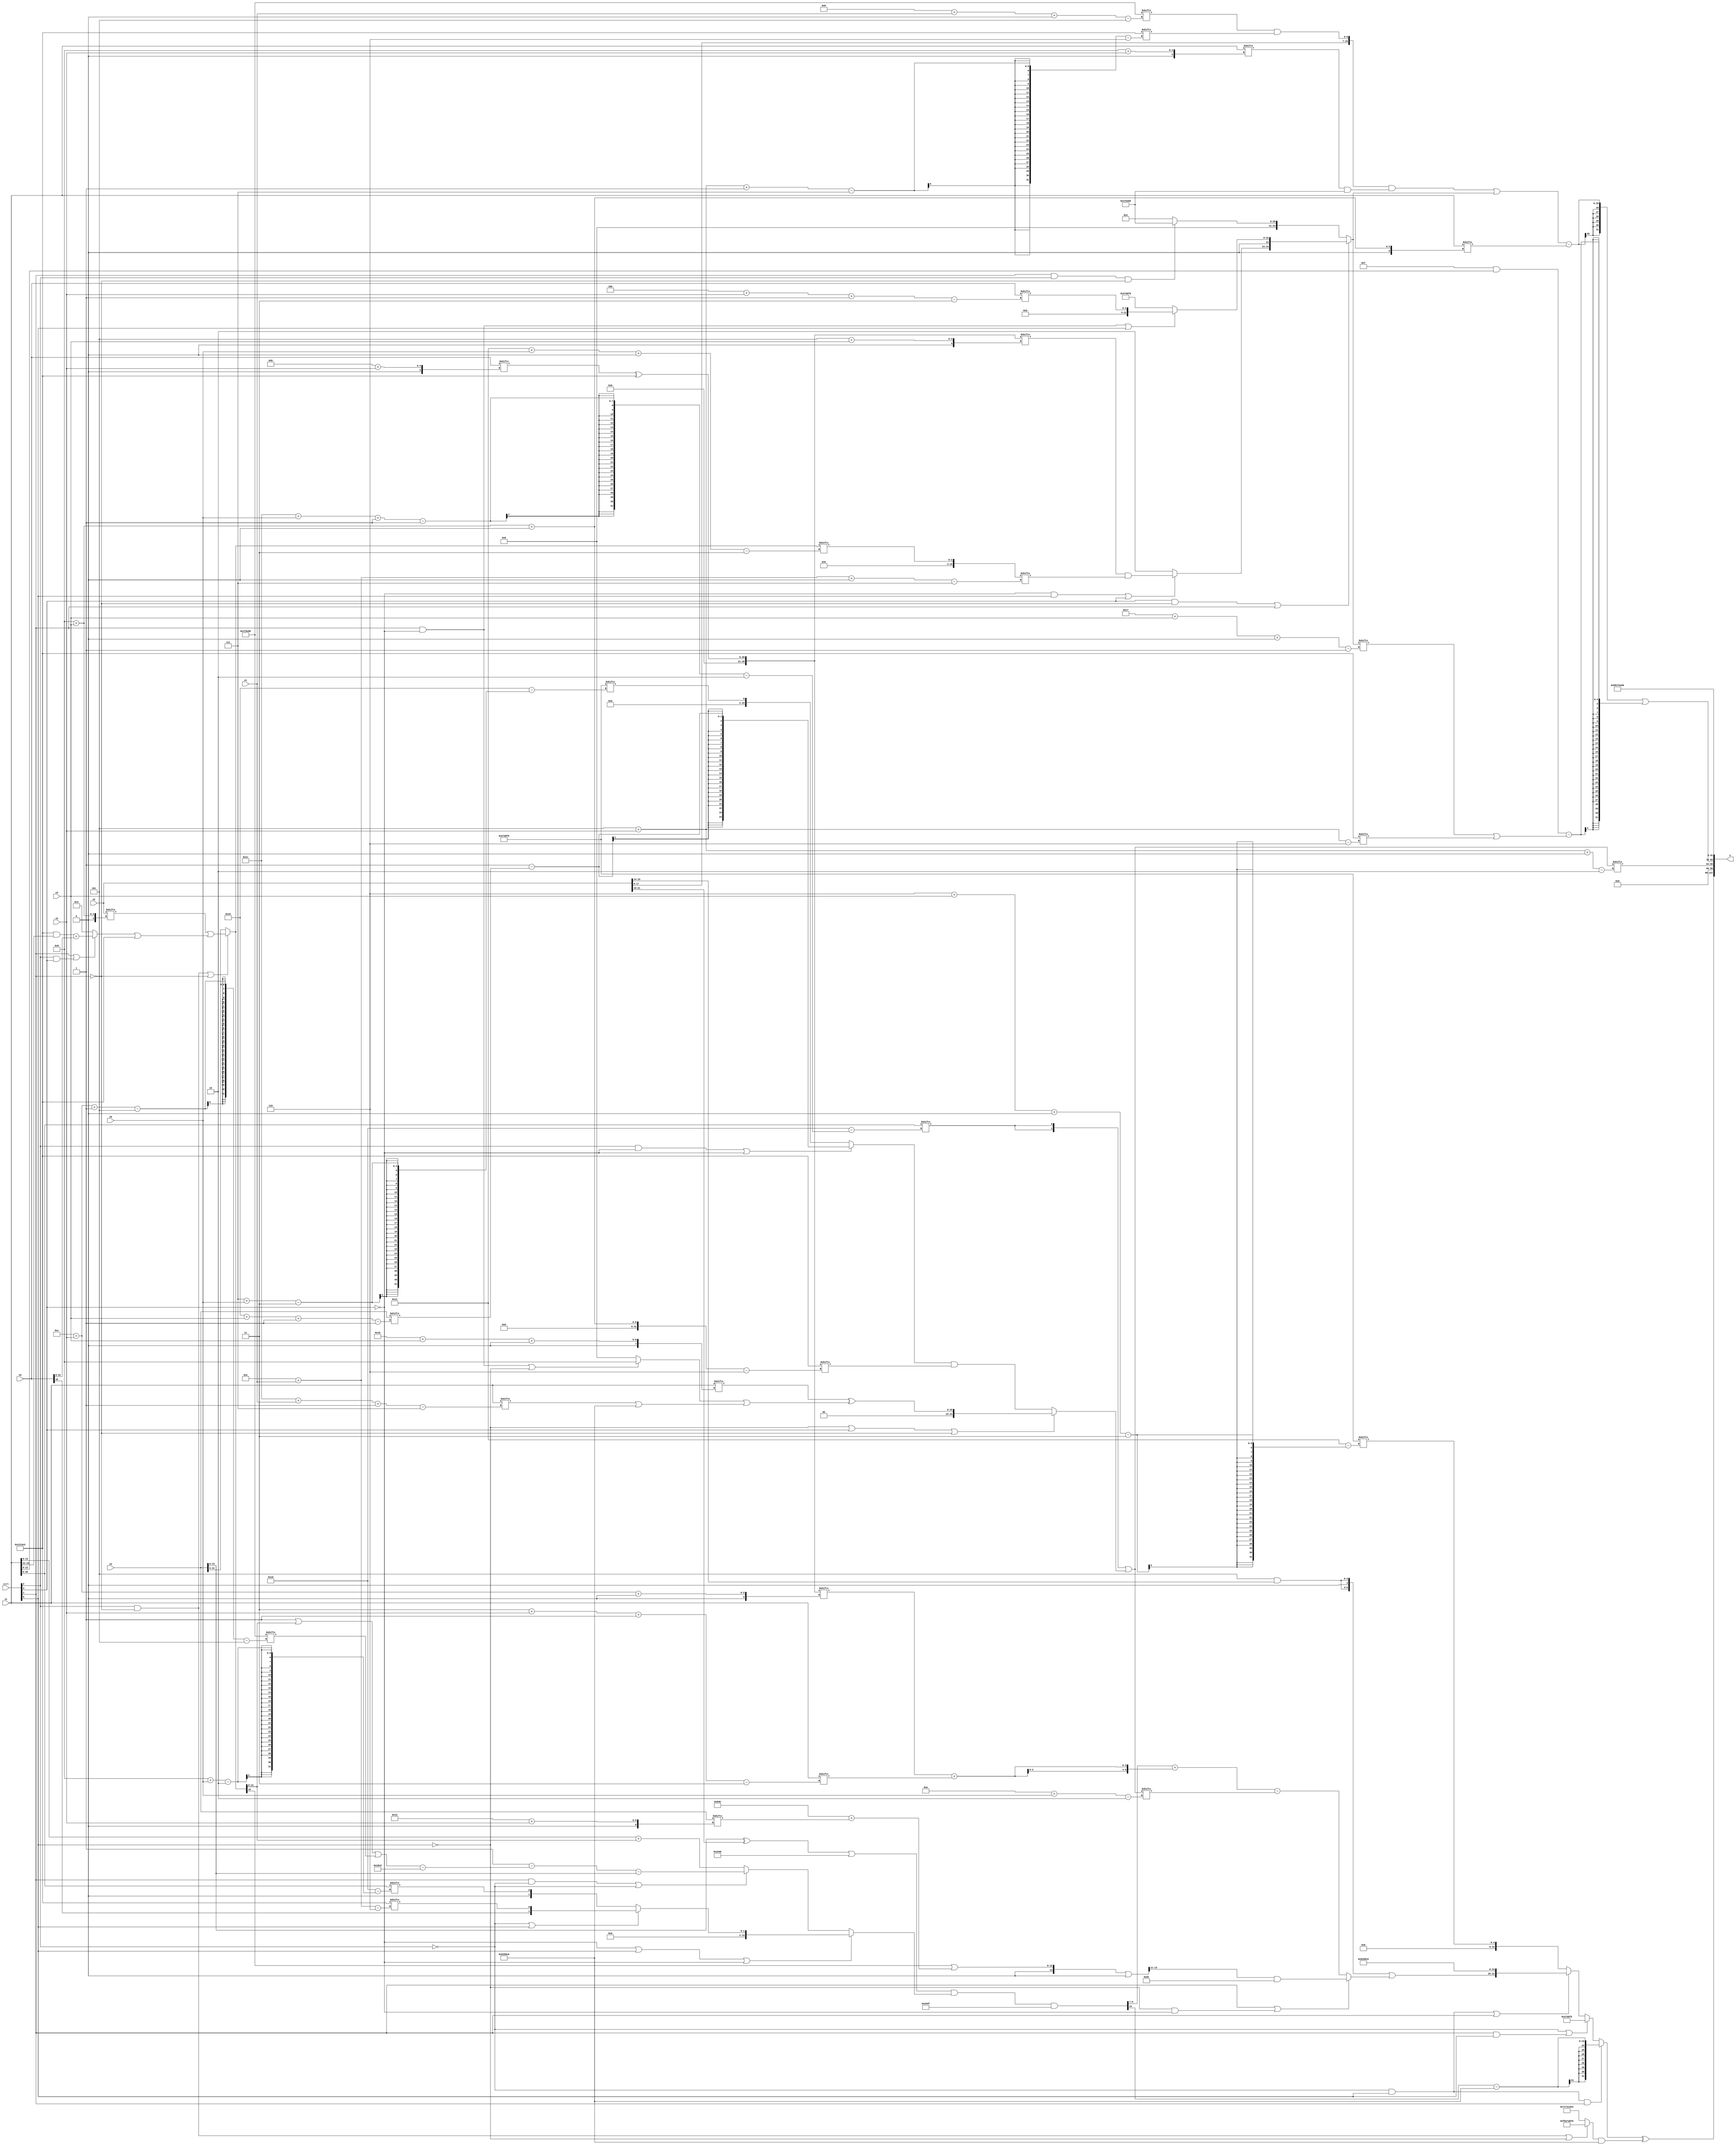
module partsel_00814(ctrl, s0, s1, s2, s3, x0, x1, x2, x3, y);
  input [3:0] ctrl;
  input [2:0] s0;
  input [2:0] s1;
  input [2:0] s2;
  input [2:0] s3;
  input signed [31:0] x0;
  input [31:0] x1;
  input signed [31:0] x2;
  input signed [31:0] x3;
  wire signed [2:31] x4;
  wire [25:3] x5;
  wire [26:2] x6;
  wire signed [5:25] x7;
  wire [25:0] x8;
  wire [26:7] x9;
  wire signed [25:0] x10;
  wire [29:5] x11;
  wire [25:1] x12;
  wire [1:25] x13;
  wire signed [30:4] x14;
  wire signed [31:6] x15;
  output [127:0] y;
  wire signed [31:0] y0;
  wire signed [31:0] y1;
  wire signed [31:0] y2;
  wire signed [31:0] y3;
  assign y = {y0,y1,y2,y3};
  localparam signed [3:25] p0 = 245869558;
  localparam signed [26:6] p1 = 238162915;
  localparam signed [30:5] p2 = 740273766;
  localparam signed [4:28] p3 = 408049862;
  assign x4 = x1;
  assign x5 = (ctrl[2] && !ctrl[1] || !ctrl[1] ? (x2[9 + s3] | ((ctrl[1] || ctrl[2] && ctrl[3] ? {2{((p1 & x1[22 -: 2]) + x0)}} : p3[19 +: 4]) | p1)) : x3);
  assign x6 = ({2{x4[28 + s0 -: 1]}} | (!ctrl[0] || ctrl[3] || !ctrl[1] ? (x1[24 + s3 +: 3] ^ ((ctrl[1] && !ctrl[3] || !ctrl[0] ? p1[18 -: 4] : p3[19]) | (x1[28 + s1 -: 7] | p3))) : ((ctrl[2] && !ctrl[3] || !ctrl[3] ? (p3[21 -: 4] - x3[22 + s3 -: 1]) : p0[7 + s0]) & p1[9 + s3 +: 4])));
  assign x7 = ((({(ctrl[1] && !ctrl[0] || !ctrl[0] ? p1 : x0[23 -: 3]), (x3 ^ x2[19 +: 3])} | {{2{x0[22 -: 3]}}, {2{p2}}}) & (!ctrl[3] || ctrl[0] || !ctrl[3] ? (!ctrl[2] || ctrl[0] && ctrl[0] ? {x0[18], p1[14 + s1]} : x4[9 + s0]) : (ctrl[1] && !ctrl[2] || !ctrl[2] ? ((p1[18 +: 2] - (((p3[22] | x5) | p2[12 + s2 -: 5]) - p3)) - x3) : (x4 + x5)))) & (p2 - p1[14 -: 3]));
  assign x8 = ((ctrl[3] || !ctrl[3] || !ctrl[3] ? (x5[22] | {p0[5 + s3 -: 4], ((p3 & p2) + x3[19 + s2])}) : {2{{x5[11], p3}}}) | p3[19]);
  assign x9 = x5[18 + s0 +: 3];
  assign x10 = (x0[11 + s2] ^ p1);
  assign x11 = ({2{({2{p0[23 -: 2]}} & x2[14 +: 2])}} | (ctrl[1] || !ctrl[0] && !ctrl[3] ? (x8[13 -: 3] & ((p3[17 -: 3] + p2[12]) ^ {2{p0[9 +: 4]}})) : ((x7[16 +: 3] + {2{(x10[12 + s2 +: 4] + x1[3 + s2 -: 3])}}) - x6[10 + s0])));
  assign x12 = (ctrl[3] && !ctrl[1] || ctrl[1] ? {(!ctrl[3] && ctrl[0] || ctrl[3] ? (x10[5 + s3] & x9[14 + s1 +: 7]) : p1[10 +: 4]), (ctrl[1] && !ctrl[3] || ctrl[0] ? x0[4 + s2 -: 3] : p0)} : (ctrl[1] && ctrl[2] && !ctrl[1] ? p2 : p2[18 -: 2]));
  assign x13 = (({x2, (p2[8 + s1 +: 1] & p1[5 + s2 -: 7])} & (x1[9 + s2] & p2)) | x12);
  assign x14 = p1[13 + s2 -: 6];
  assign x15 = (p1[4 + s0] | ({2{x2}} ^ (!ctrl[2] || !ctrl[3] && ctrl[1] ? ((p2[7 + s3] ^ (p2[18 +: 2] & (x1[22] - p1[13 -: 1]))) - x1[16 + s0]) : ((p3 & x12[25 + s3 +: 6]) ^ {(p2[16 + s3 +: 1] - x1[5 + s1]), (x10[13 -: 3] + x7)}))));
  assign y0 = ((!ctrl[2] && ctrl[0] && ctrl[1] ? (x7[12] - p3) : (!ctrl[2] || ctrl[1] && ctrl[0] ? p0 : (!ctrl[2] && ctrl[0] || ctrl[1] ? {x11, p3} : p0[6 + s3 +: 5]))) ^ ((!ctrl[1] && ctrl[2] || !ctrl[0] ? {2{p0}} : {p1, p1}) & p3));
  assign y1 = x6[5 + s2 +: 2];
  assign y2 = ((x13 - x1[9 + s3 +: 7]) | ((p1[14 -: 4] & x4[19 +: 4]) - (x12[23 + s3 +: 2] | p1[5 + s2])));
  assign y3 = {2{p2}};
endmodule